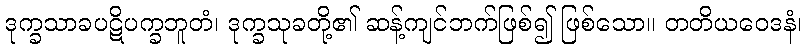
ဒုက္ခသာခပဋိပက္ခဘူတံ၊ ဒုက္ခသုခတို့၏ ဆန့်ကျင်ဘက်ဖြစ်၍ ဖြစ်သော။ တတိယဝေဒနံ၊